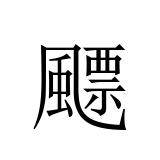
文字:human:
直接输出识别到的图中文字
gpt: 飃